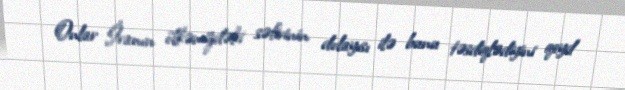
Onlar İranın ölkəmizdəki səfirinin dolayısı ilə bunu təsdiqlədiyini qeyd